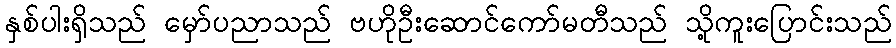
နှစ်ပါးရှိသည် မှော်ပညာသည် ဗဟိုဦးဆောင်ကော်မတီသည် သို့ကူးပြောင်းသည်